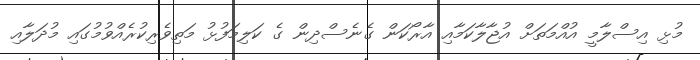
މުޅި އިސްލާމީ އުއްމަތަށް އުޖާލާކަމާއި އާރޯކަން ގެނެސްދިން ގެ ކަލިމަފުޅު މަތިވެރިކުރެއްވުމުގައި މުދަލާއި